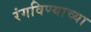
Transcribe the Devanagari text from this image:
रंगविण्याच्या